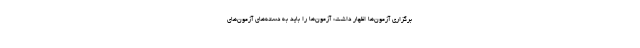
برگزاری آزمون‌ها اظهار داشت: آزمون‌ها را باید به دسته‌های آزمون‌های